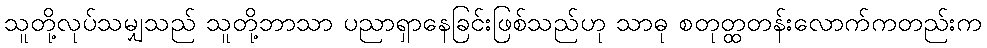
သူတို့လုပ်သမျှသည် သူတို့ဘာသာ ပညာရှာနေခြင်းဖြစ်သည်ဟု သာဓု စတုတ္ထတန်းလောက်ကတည်းက